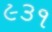
૯૩૧